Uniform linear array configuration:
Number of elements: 24
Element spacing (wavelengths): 0.25
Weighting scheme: hamming
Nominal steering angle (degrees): -15
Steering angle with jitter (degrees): -13.879
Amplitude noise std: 0.05
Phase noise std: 0.05

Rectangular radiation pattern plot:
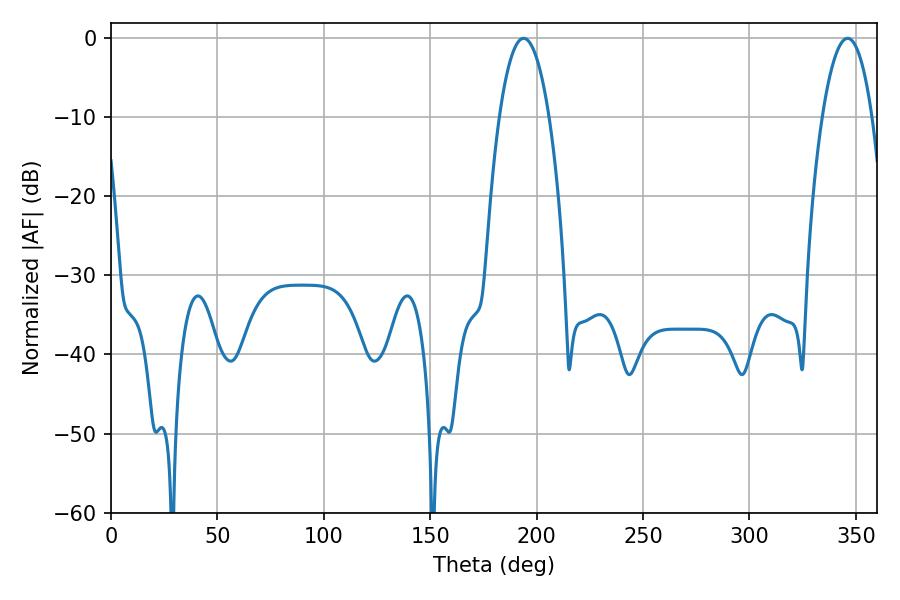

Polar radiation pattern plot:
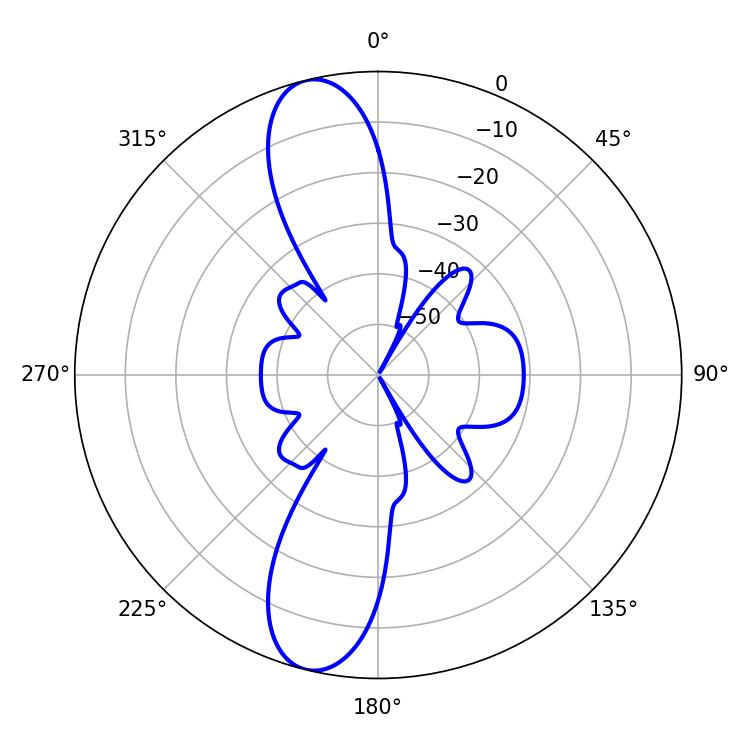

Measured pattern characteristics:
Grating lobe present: FALSE
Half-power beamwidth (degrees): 12.96
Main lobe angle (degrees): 193.86